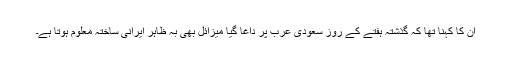
ان کا کہنا تھا کہ گذشتہ ہفتے کے روز سعودی عرب پر داغا گیا میزائل بھی بہ ظاہر ایرانی ساختہ معلوم ہوتا ہے۔